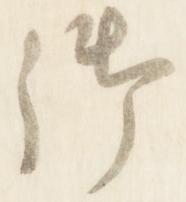
御